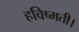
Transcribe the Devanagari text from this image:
हविष्मती।